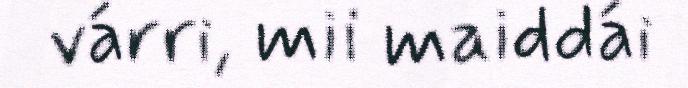
várri, mii maiddái